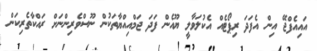
އައިއެފްޖޭ އިން އެފަދަ ރިޕޯޓެއް އެކުލަވާލީ ޔޫއެން ފަދަ ޖަމްއިއްޔާތަކުން ނޫސްވެރިންނަށް ރައްކާތެރިކަން